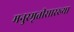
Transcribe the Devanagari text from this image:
मनुस्मृतीसारख्या